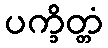
ပက္ခိတ္တံ